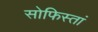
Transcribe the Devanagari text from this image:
सोफिस्तां